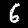
Label: 6